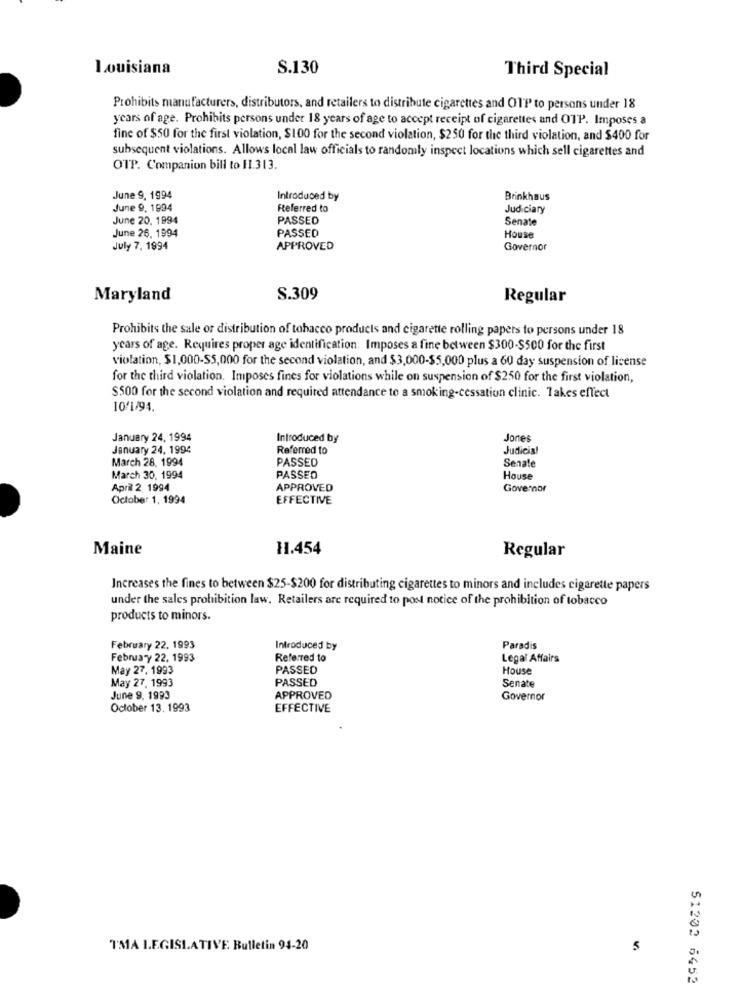
Louisiana
S.130
Third Special
Prohibits manufacturers, distributors, and retailers to distribute cigarettes and OTP to persons under 18
years of age. Prohibits persons under 18 years of age to accept receipt of cigarettes and OTP. Imposes a
fine of $50 for the first violation, $100 for the second violation, $250 for the third violation, and $400 for
subsequent violations. Allows local law officials to randomly inspect locations which sell cigarettes and
OTP. Companion bill to 11.313.
June 9, 1994
Introduced by
Brinkhaus
June 9, 1994
Referred to
Judiciary
June 20. 1994
PASSED
Senate
June 26, 1994
PASSED
House
July 7. 1994
APPROVED
Governor
Maryland
S.309
Regular
Prohibits the sale or distribution of tobacco products and cigarette rolling papers to persons under 18
years of age. Requires proper age identification. Imposes a fine between $300-$500 for the first
violation, $1,000-S5,000 for the second violation, and $3,000-$5,000 plus a 60 day suspension of license
for the third violation. Imposes fines for violations while on suspension of $250 for the first violation,
$500 for the second violation and required attendance to a smoking-cessation clinic. Takes effect
10/1/94.
January 24, 1994
Introduced by
Jones
January 24, 1994
Referred to
Judicial
March 28, 1994
PASSED
Senate
March 30, 1994
PASSED
House
April 2. 1994
APPROVED
Governor
October 1, 1994
EFFECTIVE
Maine
11.454
Regular
Increases the fines to between $25-$200 for distributing cigarettes to minors and includes cigarette papers
under the sales prohibition law. Retailers are required to post notice of the prohibition of tobacco
products to minors.
February 22. 1993
Introduced by
Paradis
February 22, 1993
Referred to
Legal Affairs
May 27. 1993
PASSED
House
May 27. 1993
PASSED
Senate
June 9, 1993
APPROVED
Governor
October 13. 1993
EFFECTIVE
TMA LEGISLATIVE Bulletin 94-20
5
51202 6452